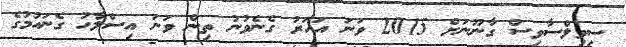
ސިވިލްސާވިސް ގާނޫނަށް 2015 ވަނަ އަހަރު ގެނެވުނު ތިން ވަނަ އިސްލާހު ގެނައުމުގެ